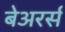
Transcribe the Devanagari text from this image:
बेअरर्स